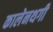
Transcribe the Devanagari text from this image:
कालेनथगी